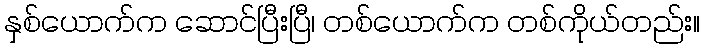
နှစ်ယောက်က ဆောင်ပြီးပြီ၊ တစ်ယောက်က တစ်ကိုယ်တည်း။